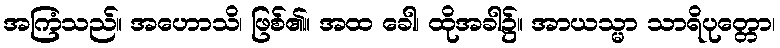
အကြံသည်။ အဟောသိ၊ ဖြစ်၏။ အထ ခေါ၊ ထိုအခါ၌။ အာယသ္မာ သာရိပုတ္တော၊